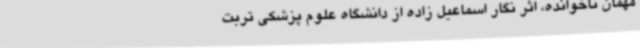
مهمان ناخوانده، اثر نگار اسماعیل زاده از دانشگاه علوم پزشکی تربت